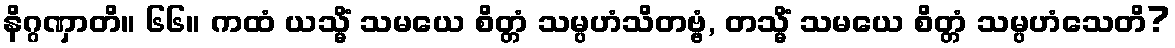
နိဂ္ဂဏှာတိ။ ၆၆။ ကထံ ယသ္မိံ သမယေ စိတ္တံ သမ္ပဟံသိတဗ္ဗံ, တသ္မိံ သမယေ စိတ္တံ သမ္ပဟံသေတိ?